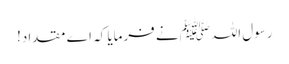
رسول اللہﷺ نے فرمایا کہ اے مقداد!